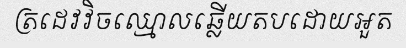
ត្រដេវវិចឈ្មោលឆ្លើយតបដោយអួត